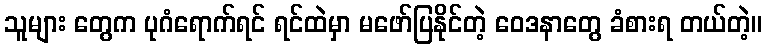
သူများ တွေက ပုဂံရောက်ရင် ရင်ထဲမှာ မဖော်ပြနိုင်တဲ့ ဝေဒနာတွေ ခံစားရ တယ်တဲ့။